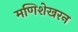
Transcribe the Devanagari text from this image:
मणिशेखरन